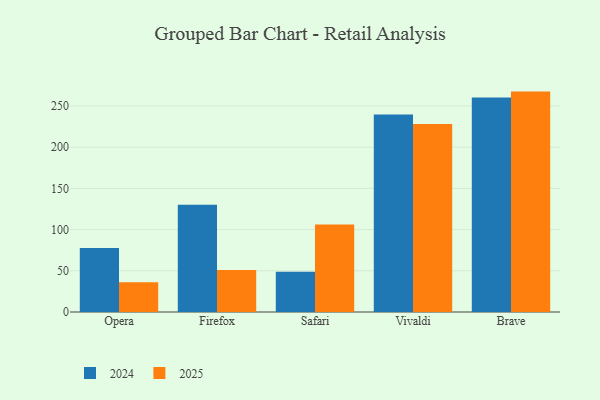
{"axis": {"x": "Browser", "y": "Website Visitors"}, "legend": ["2024", "2025"], "data": [{"x": "Opera", "y": 77.6, "type": "2024"}, {"x": "Opera", "y": 36.2, "type": "2025"}, {"x": "Firefox", "y": 130.1, "type": "2024"}, {"x": "Firefox", "y": 50.9, "type": "2025"}, {"x": "Safari", "y": 49.0, "type": "2024"}, {"x": "Safari", "y": 106.1, "type": "2025"}, {"x": "Vivaldi", "y": 239.6, "type": "2024"}, {"x": "Vivaldi", "y": 228.1, "type": "2025"}, {"x": "Brave", "y": 260.4, "type": "2024"}, {"x": "Brave", "y": 267.5, "type": "2025"}]}